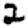
Digit: 2